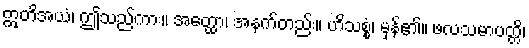
ဣတိအယံ၊ ဤသည်ကား။ အတ္ထော၊ အနက်တည်း။ ဟိသစ္စံ၊ မှန်၏။ ဖလသမာပတ္တိ၊